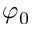
\varphi _ { 0 }